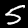
Label: 5